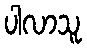
ပါလာသူ